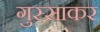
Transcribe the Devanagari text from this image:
गुस्साकर